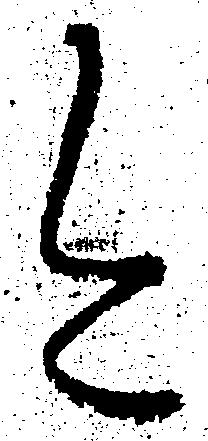
今